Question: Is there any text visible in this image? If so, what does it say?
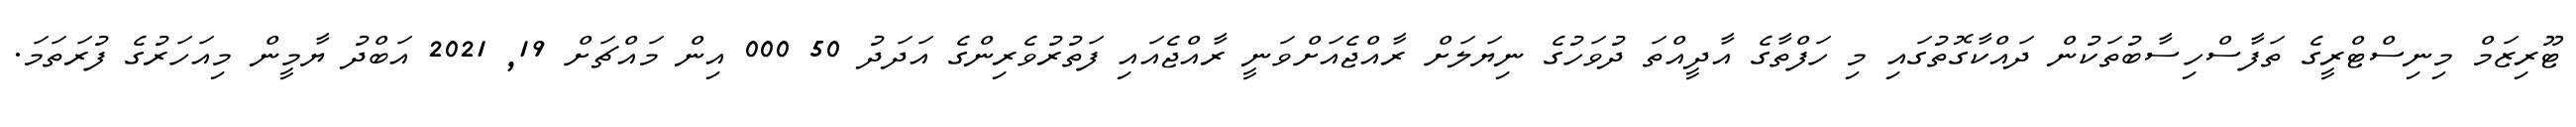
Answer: ޓޫރިޒަމް މިނިސްޓްރީގެ ތަފާސްހިސާބުތަކުން ދައްކާގޮތުގައި މި ހަފްތާގެ އާދީއްތަ ދުވަހުގެ ނިޔަލަށް ރާއްޖެއަށްވަނީ ރާއްޖެއައި ފަތުރުވެރިންގެ އަދަދު 50 000 އިން މައްޗަށް 19, 2021 އަބްދު ޔާމީން މިއަހަރުގެ ފުރަތަމަ.